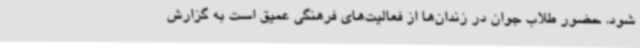
شود. حضور طلاب جوان در زندان‌ها از فعالیت‌های فرهنگی عمیق است به گزارش